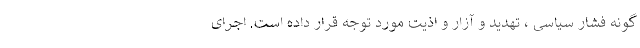
گونه فشار سیاسی ، تهدید و آزار و اذیت مورد توجه قرار داده است. اجرای